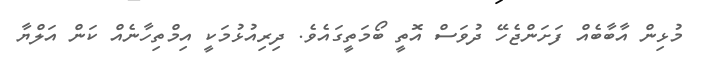
މުޅިން އާބާބެއް ފަށަންޖެހޭ ދުވަސް އޮތީ ބޯމަތީގައެވެ. ދިރިއުޅުމަކީ އިމްތިހާނެއް ކަން އަލްޔާ